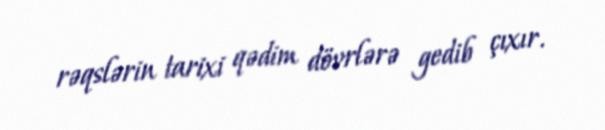
rəqslərin tarixi qədim dövrlərə gedib çıxır.